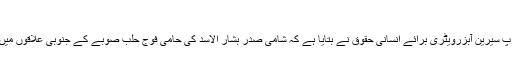
حلب صوبے میں شامی فوج کی پیش قدمی جاری
شام کے حالات پر نگاہ رکھنے والے اپوزیشن کے مبصر گروپ سیرین آبزرویٹری برائے انسانی حقوق نے بتایا ہے کہ شامی صدر بشار الاسد کی حامی فوج حلب صوبے کے جنوبی علاقوں میں باغیوں کے خلاف کامیاب پیش قدمی جاری رکھے ہوئے ہے۔